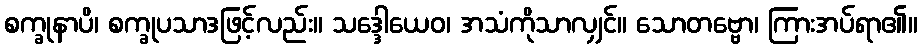
စက္ခုနာပိ၊ စက္ခုပသာဒဖြင့်လည်း။ သဒ္ဒေါယေဝ၊ အသံကိုသာလျှင်။ သောတဗ္ဗော၊ ကြားအပ်ရာ၏။